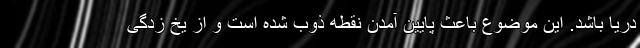
دریا باشد. این موضوع باعث پایین آمدن نقطه ذوب شده است و از یخ زدگی